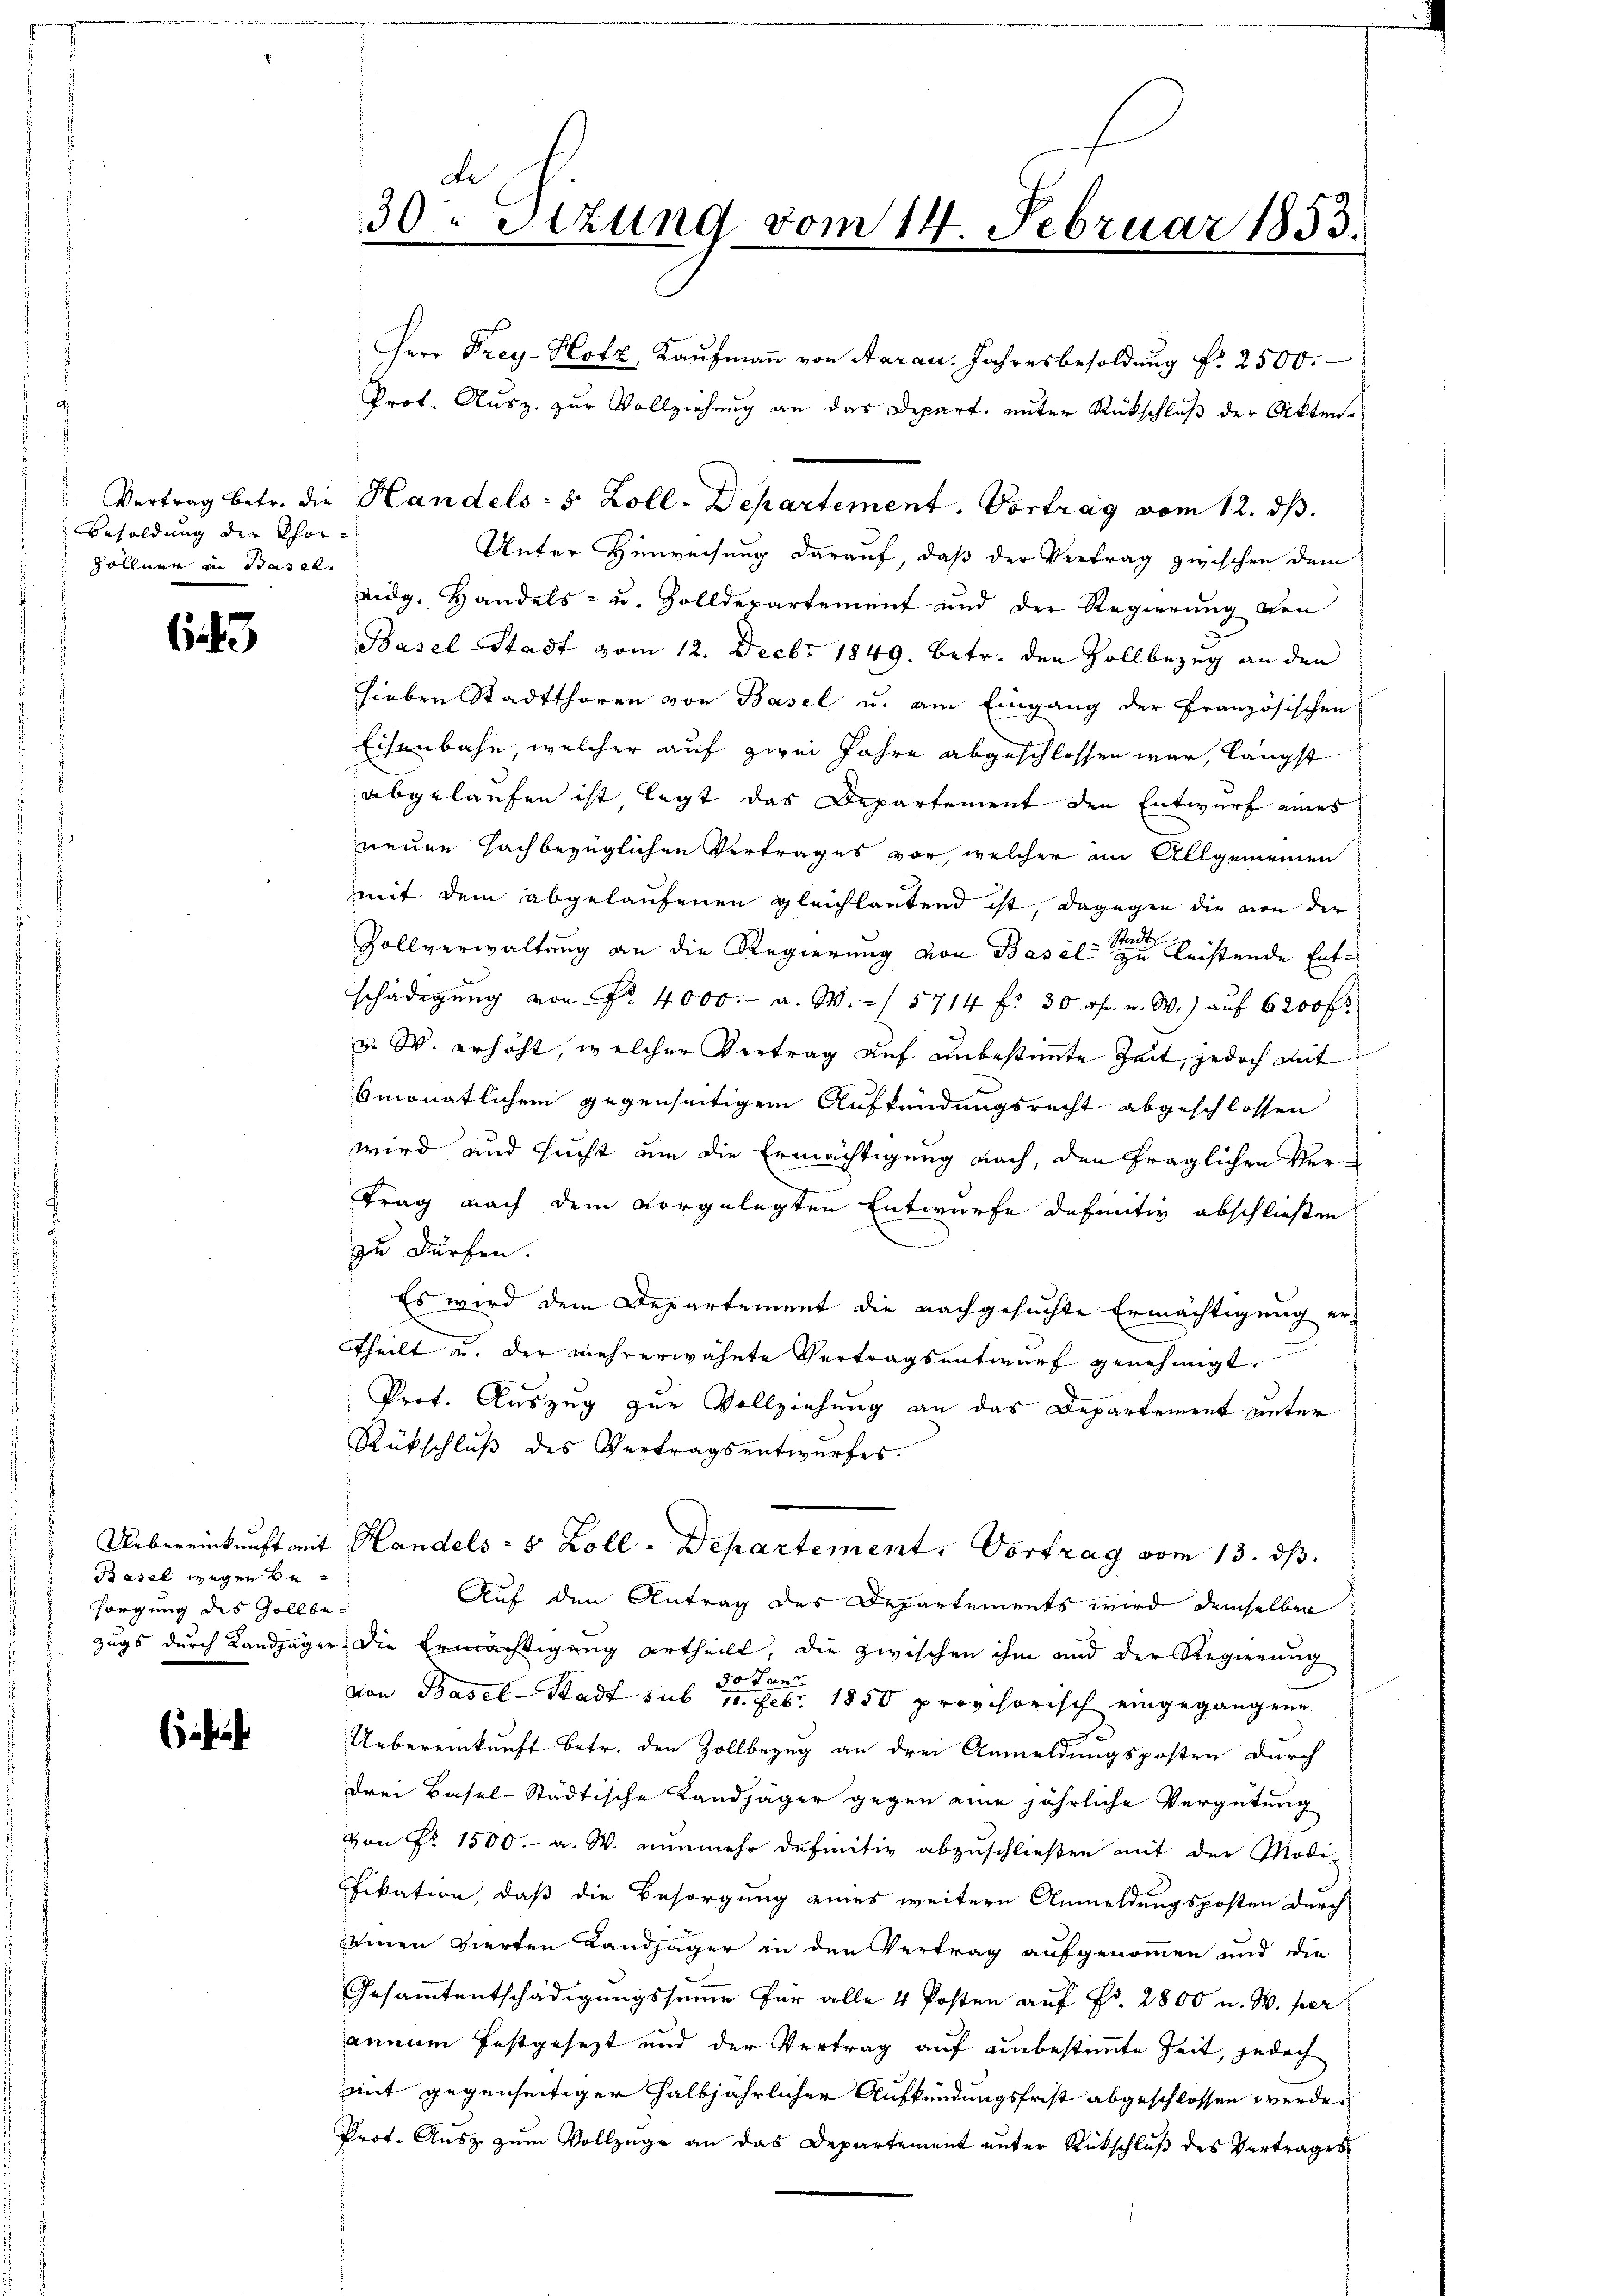
Besoldung der Chor-
Söllner in Basel.

643

Uebereinkunft mit
Basel wegen besorgung des Zollbe¬

e

Le
30. Sizung vom 14. Februar 1853.
2

Herr Frey-Hotz, Kaŭfmaṅ von Aarau, Jahresbesoldung f. 2500.
Prof. Ausz. zur Vollziehung an das Depart, unter Rückschluß der Akten.
Vertrag betr. die Handels- 5 Zoll-Departement. Vortrag vom 12. ds.
Unter Hinweisung darauf, daß der Vertrag zwischen dem
eidg. Handels- u. Zolldepartement und der Regierŭng von
Basel Stadt vom 12. Decbr 1849. betr. den Vollbezug an den
hieben Stadtthoren von Basel u. am Eingang der Französischen
Eisenbahn, welcher auf zwei Jahre abgeschlossen war, längst
abgelaufen ist, legt das Departement den Entwurf eines
neuen Hachbezüglichen Vertrages vor, welcher am Allgemeinen
mit dem abgelaufenen gleichlautend ist, dagegen die von die
Zollverwaltung an die Regierung von Basel leistende Entschädigŭng von Nr. 4000.- a. W. / 5714 f. 30 rf. u. W.) aŭf 6200 fr.
u. W. erhöht, welcher Vertrag auf unbestimmte Zeit, jedoch mit
smonatlichen gegenseitigem Aufkündungsrecht abgeschlossen
wird und sucht um die Ermächtigung nach, den fraglichen Ver-
trag nach dem vorgelegten Entwurfe definitiv abschließen
zu dürfen.
 Es wird dem Departement die nachgesuchte Ermächtigung ertheilt u. der mehrerwähnte Vertragsentwurf genehmigt.
Prot. Auszug zur Vollziehung an das Departement unter
Rückschluß des Vertragsentwurfes.
Handels- 5 Zoll-Departement. Vortrag vom 13. dβ.
Auf den Antrag des Departements wird demselben
zugs durch Landjäger die Ermächtigung ertheilt, die zwischen ihm und der Regierung
Lant
30
von Basel-Stadt sub 15. Febr. 1850 provisorisch eingegangene
Uebereinkunft betr. den Zollbezug an drei Anmeldungsposten durch
drei Basel-Städtische Landjäger gegen eine jährliche Vergütung
von Fr. 1500.- a. W. nunmehr definitiv abzuschließen mit der Modi-
fikation, daß die Besorgung eines weitern Anmeldungsposten durch
seinen vierten Landjäger in den Vertrag aufgenommen und die
Gesammtentschädigungssumme für alle 4 Posten auf Fr. 2800 u. W. per
annum festgesezt und der Vertrag auf unbestimmte Zeit, jedoch
mit gegenseitiger halbjährlicher Aufkündungsfrist abgeschlossen werde.
Prot. Ausz. zum Vollzüge an das Departement unter Rückschluß des Vertrages